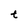
Character: t